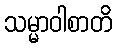
သမ္မာဝါစာတိ